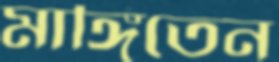
মাঙ্গিতেন